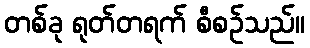
တစ်ခု ရုတ်တရက် စီစဉ်သည်။